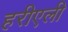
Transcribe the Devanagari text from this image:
हरीएली